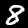
Digit: 8